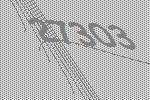
27303